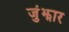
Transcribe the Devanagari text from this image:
जुंझार